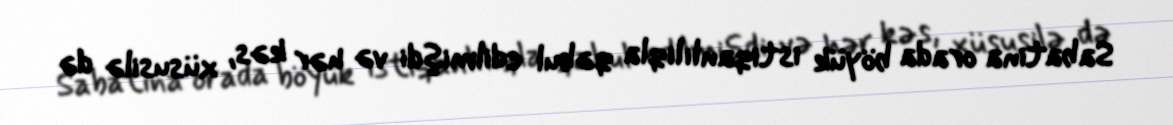
Sabatina orada böyük istiqanlılıqla qəbul edilmişdi və hər kəs, xüsusilə də